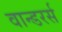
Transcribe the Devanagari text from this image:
वान्डरर्स